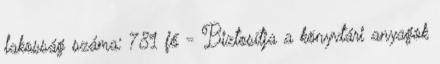
lakosság száma: 781 fő - Biztosítja a könyvtári anyagok